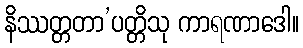
နိဿတ္တတာ’ပတ္တိသု ကာရဏာဒေါ။